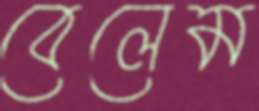
বেলেম